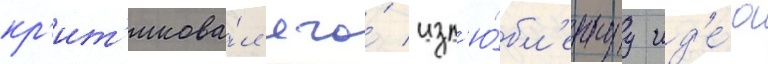
кр'ит'икова́л его́ изл'ю́бл'еннуу ид'е́ю